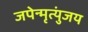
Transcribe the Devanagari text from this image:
जपेन्मृत्युंजय